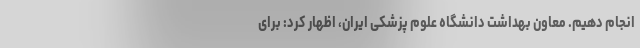
انجام دهیم. معاون بهداشت دانشگاه علوم پزشکی ایران، اظهار کرد: برای